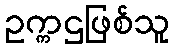
ဥက္ကဌဖြစ်သူ